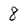
Character: 8